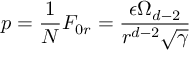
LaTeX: p = \frac { 1 } { N } F _ { 0 r } = \frac { \epsilon \Omega _ { d - 2 } } { r ^ { d - 2 } \sqrt { \gamma } }